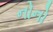
નોનો